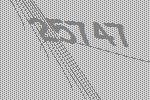
25747